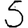
Digit: 5